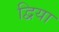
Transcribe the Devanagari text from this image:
द्विया